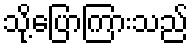
သို့ပြောကြားသည်